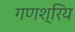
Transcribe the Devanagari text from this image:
गणश्रिय